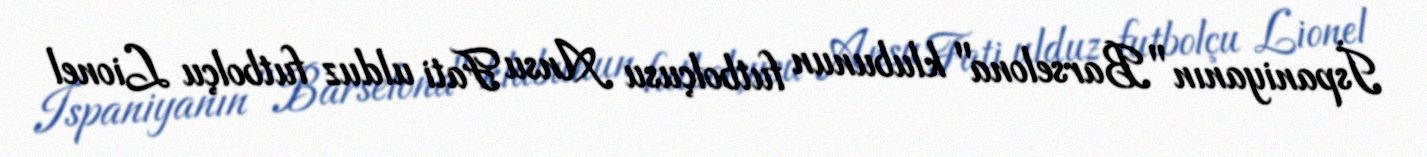
İspaniyanın "Barselona" klubunun futbolçusu Ansu Fati ulduz futbolçu Lionel